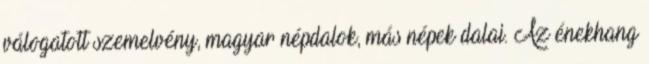
válogatott szemelvény, magyar népdalok, más népek dalai. Az énekhang